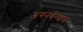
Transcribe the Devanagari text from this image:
अगनबेग्यान